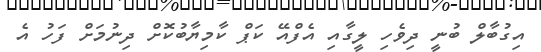
އިގުބާލް ބުނީ ދިވެހި ލީގާއި އެފްއޭ ކަޕް ކާމިޔާބުކޮށް ދިނުމަށް ފަހު އެ